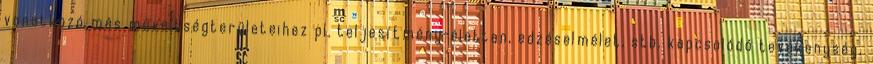
vonatkozó más műveltségterületeihez pl. teljesítmény-élettan, edzéselmélet, stb. kapcsolódó tevékenység,